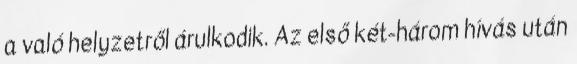
a való helyzetről árulkodik. Az első két-három hívás után